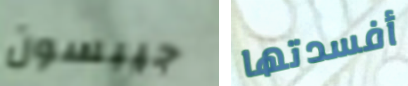
جيبسون أفسدتها